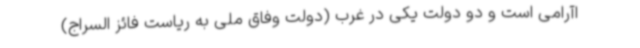
اآرامی است و دو دولت یکی در غرب (دولت وفاق ملی به ریاست فائز السراج)